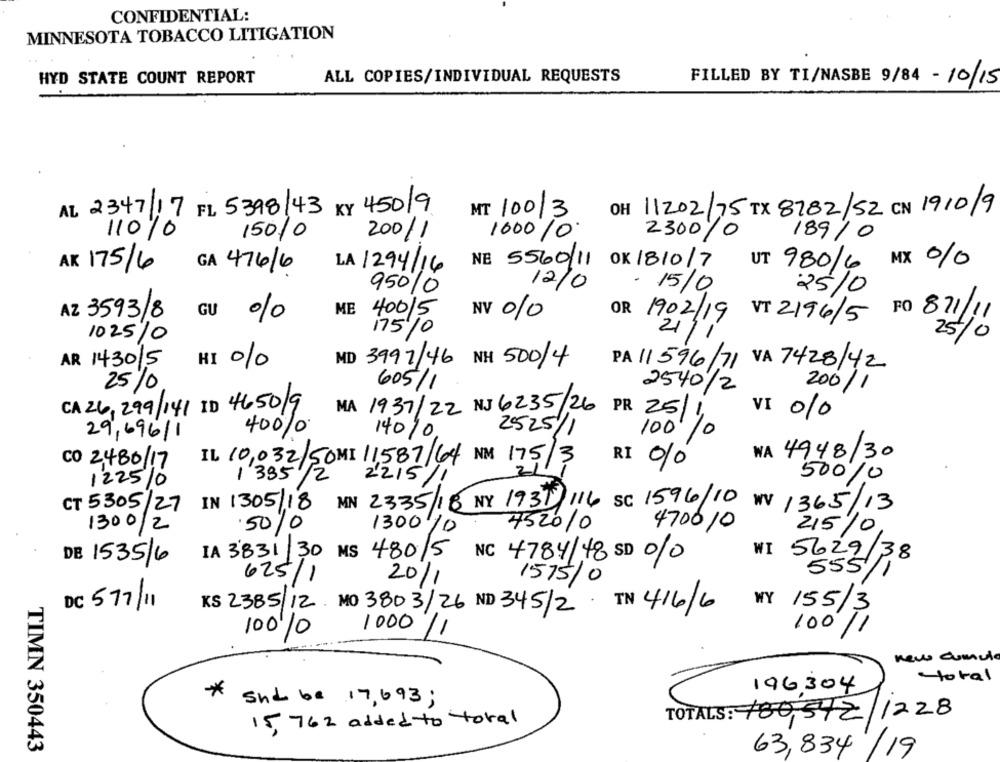
CONFIDENTIAL:
MINNESOTA TOBACCO LITIGATION
HYD STATE COUNT REPORT
ALL COPIES/INDIVIDUAL REQUESTS
FILLED BY TI/NASBE 9/84 - 10 /15
AL 2347/17 FL 5398/43 KY 450/9
MT 10013
OH 11202/75 TX 8782/52 CN 1910/9
11010
150/0
200/1
100010.
2300/0
189/0
AK 175/6
NE 5560/11
OK 1810/7
UT 980/6
MX %
GA 476/6
LA 1294/16
12/0
- 15/0
25/0
950/0
ME
AZ 3593/8
GU %
400/5
NV 0/0
OR 1902/19
VT 2196/5
PO 871/11
175/0
211
25/0
1025/0
AR 143015
HI %
MD 3997/46
NH 500/4
PA 11596/71
VA 7428/42
25%
605/1
2540/2
200
CA 26, 299/141 ID 4650/9
MA 1931/22 NJ 6235/26
VI 010
PR 25/1
400%
14010
2525/1
100%
29,696/1
WA 4948/30
CO 2480/17
IL 10,032/50MI 11,587/64
RI /0
175/3
1335 /2
2215
50010
122510
CT 5305/27
IN 1305/18 MN 2335/18 NY 1931/116 SC 1596/10 WV 1365/13
1300/2
50/0
1300 /
452010
470010
10
215/0,
IA 3831/30 MS 480/5
NC 4784/48 SD 0/0
WI 5629/38
DE 1535/6
625/1
555/1
20/1
1575/0
DC 577/11
KS 2385/12 MO 3803/26 ND 345/2. TN 416/6
WY 155/3
10010
1000/1
100/1
new cumula
total
*
196304
and be 17, 693 ;
TOTALS: 180,542/1228
15,762 added to toral
TIMN 350443
63,834 /19